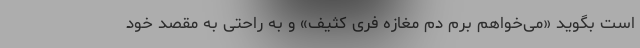
است بگوید «می‌خواهم برم دم مغازه فری کثیف» و به راحتی به مقصد خود